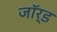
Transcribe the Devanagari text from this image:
जॉर्ड